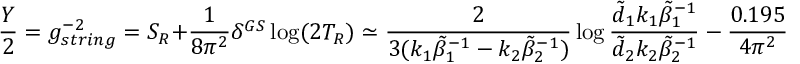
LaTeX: \frac { Y } { 2 } = g _ { s t r i n g } ^ { - 2 } = S _ { R } + \frac { 1 } { 8 \pi ^ { 2 } } \delta ^ { G S } \log ( 2 T _ { R } ) \simeq \frac { 2 } { 3 ( k _ { 1 } \tilde { \beta } _ { 1 } ^ { - 1 } - k _ { 2 } \tilde { \beta } _ { 2 } ^ { - 1 } ) } \log \frac { \tilde { d } _ { 1 } k _ { 1 } \tilde { \beta } _ { 1 } ^ { - 1 } } { \tilde { d } _ { 2 } k _ { 2 } \tilde { \beta } _ { 2 } ^ { - 1 } } \ - \ \frac { 0 . 1 9 5 } { 4 \pi ^ { 2 } } \ \delta ^ { G S } .